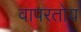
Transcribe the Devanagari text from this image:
वापरतोय